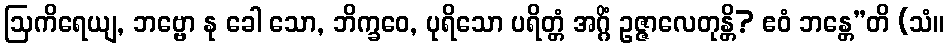
ဩကိရေယျ, ဘဗ္ဗော နု ခေါ သော, ဘိက္ခဝေ, ပုရိသော ပရိတ္တံ အဂ္ဂိံ ဥဇ္ဇာလေတုန္တိ? ဧဝံ ဘန္တေ”တိ (သံ။